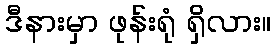
ဒီနားမှာ ဖုန်းရုံ ရှိလား။